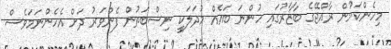
މިހެންކަމުން ރާއްޖޭގެ ބާޒާރުގައި ހުންނަ ބައެއް މުދަލަކީ ނިސްބަތުން ފެންވަރު ދަށް އެހެންނަމަވެސް